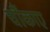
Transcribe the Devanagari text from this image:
चौंकाए